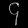
Digit: ၄